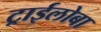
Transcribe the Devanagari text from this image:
ट्राईलोबा